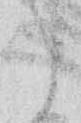
候